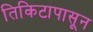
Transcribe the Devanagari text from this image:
तिकिटापासून